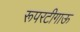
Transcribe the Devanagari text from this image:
रूपरटीगाऊ